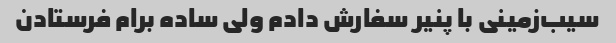
سیب‌زمینی با پنیر سفارش دادم ولی ساده برام فرستادن